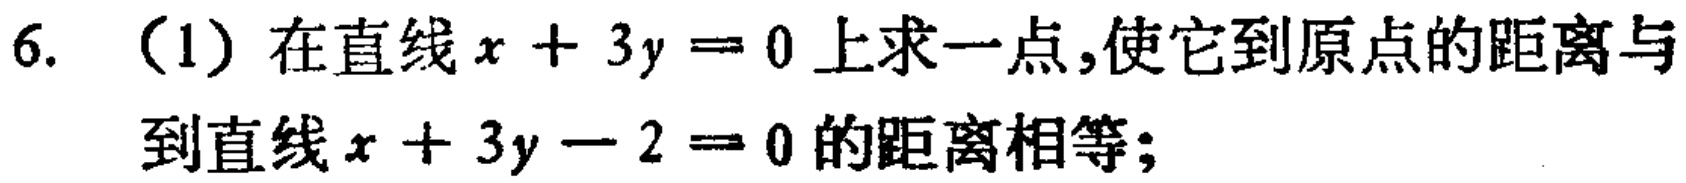
6. （1）在直线\(x + 3y = 0\)上求一点,使它到原点的距离与到直线\(x + 3y - 2 = 0\)的距离相等;